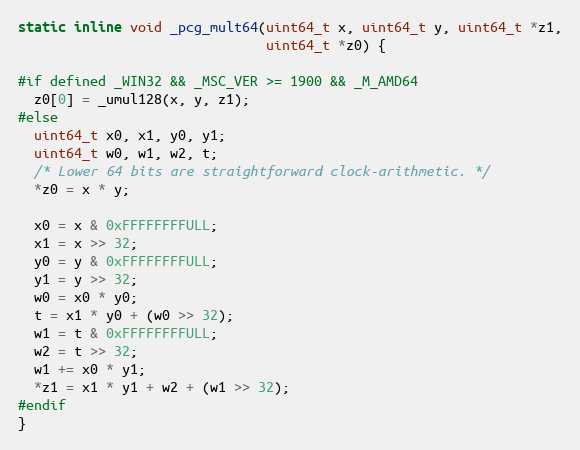
Language: C
static inline void _pcg_mult64(uint64_t x, uint64_t y, uint64_t *z1,
                               uint64_t *z0) {

#if defined _WIN32 && _MSC_VER >= 1900 && _M_AMD64
  z0[0] = _umul128(x, y, z1);
#else
  uint64_t x0, x1, y0, y1;
  uint64_t w0, w1, w2, t;
  /* Lower 64 bits are straightforward clock-arithmetic. */
  *z0 = x * y;

  x0 = x & 0xFFFFFFFFULL;
  x1 = x >> 32;
  y0 = y & 0xFFFFFFFFULL;
  y1 = y >> 32;
  w0 = x0 * y0;
  t = x1 * y0 + (w0 >> 32);
  w1 = t & 0xFFFFFFFFULL;
  w2 = t >> 32;
  w1 += x0 * y1;
  *z1 = x1 * y1 + w2 + (w1 >> 32);
#endif
}